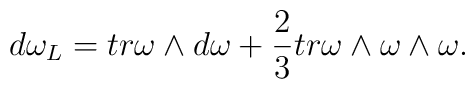
d\omega_L = tr \omega \wedge d\omega +\frac{2}{3} tr \omega\wedge \omega \wedge \omega .